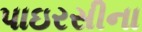
પાઇરસીના